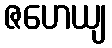
ဇဟေယျ